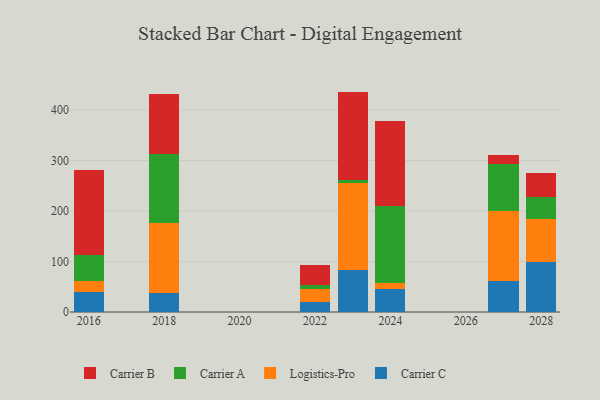
{"axis": {"x": "Year", "y": "Active Users"}, "legend": ["Carrier A", "Carrier B", "Carrier C", "Logistics-Pro"], "data": [{"x": "2027", "y": 61.7, "type": "Carrier C"}, {"x": "2027", "y": 137.5, "type": "Logistics-Pro"}, {"x": "2027", "y": 93.3, "type": "Carrier A"}, {"x": "2027", "y": 17.8, "type": "Carrier B"}, {"x": "2023", "y": 84.0, "type": "Carrier C"}, {"x": "2023", "y": 170.9, "type": "Logistics-Pro"}, {"x": "2023", "y": 7.1, "type": "Carrier A"}, {"x": "2023", "y": 174.6, "type": "Carrier B"}, {"x": "2016", "y": 40.0, "type": "Carrier C"}, {"x": "2016", "y": 20.8, "type": "Logistics-Pro"}, {"x": "2016", "y": 52.2, "type": "Carrier A"}, {"x": "2016", "y": 168.6, "type": "Carrier B"}, {"x": "2022", "y": 19.3, "type": "Carrier C"}, {"x": "2022", "y": 25.4, "type": "Logistics-Pro"}, {"x": "2022", "y": 9.3, "type": "Carrier A"}, {"x": "2022", "y": 39.4, "type": "Carrier B"}, {"x": "2028", "y": 98.3, "type": "Carrier C"}, {"x": "2028", "y": 86.5, "type": "Logistics-Pro"}, {"x": "2028", "y": 43.9, "type": "Carrier A"}, {"x": "2028", "y": 46.9, "type": "Carrier B"}, {"x": "2024", "y": 45.5, "type": "Carrier C"}, {"x": "2024", "y": 12.4, "type": "Logistics-Pro"}, {"x": "2024", "y": 151.1, "type": "Carrier A"}, {"x": "2024", "y": 170.0, "type": "Carrier B"}, {"x": "2018", "y": 36.9, "type": "Carrier C"}, {"x": "2018", "y": 138.5, "type": "Logistics-Pro"}, {"x": "2018", "y": 137.0, "type": "Carrier A"}, {"x": "2018", "y": 119.8, "type": "Carrier B"}]}